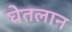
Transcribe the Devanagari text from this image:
घेतलान